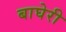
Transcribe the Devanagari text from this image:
बाघेरी